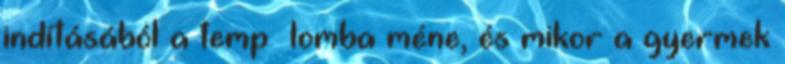
indításából a temp− lomba méne, és mikor a gyermek